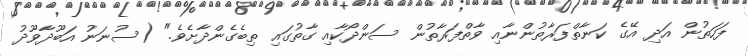
ފަހަތުން އަދި އޭގެ ކަނާތްފަރާތުންނާއި ވާތްފަރާތުން ސަންދޯކާއި ގާތުގައި ތިބެގެންދާށެވެ." (ސުނަނު އަބޫދާވޫދު